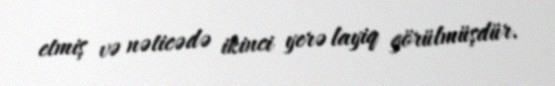
etmiş və nəticədə ikinci yerə layiq görülmüşdür.